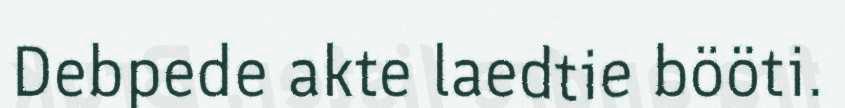
Debpede akte laedtie bööti.